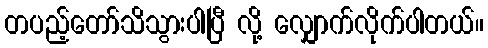
တပည့်တော်သိသွားပါပြီ လို့ လျှောက်လိုက်ပါတယ်။